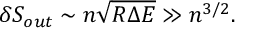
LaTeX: \delta S _ { o u t } \sim n \sqrt { R \Delta E } \gg n ^ { 3 / 2 } .